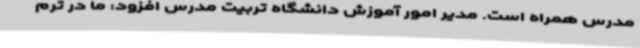
مدرس همراه است. مدیر امور آموزش دانشگاه تربیت مدرس افزود: ما در ترم